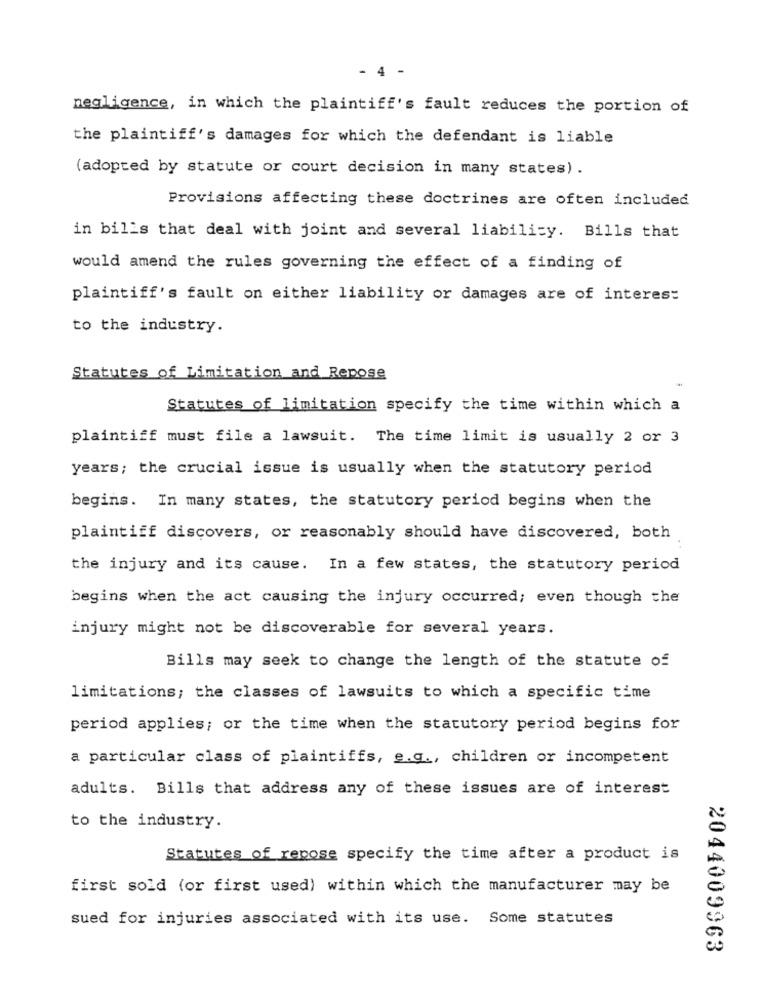
- 4 -
negligence, in which the plaintiff's fault reduces the portion of
the plaintiff's damages for which the defendant is liable
(adopted by statute or court decision in many states).
Provisions affecting these doctrines are often included
in bills that deal with joint and several liability. Bills that
would amend the rules governing the effect of a finding of
plaintiff's fault on either liability or damages are of interes:
to the industry.
Statutes of Limitation and Repose
Statutes of limitation specify the time within which a
plaintiff must file a lawsuit. The time limit is usually 2 or 3
years; the crucial issue is usually when the statutory period
begins. In many states, the statutory period begins when the
plaintiff discovers, or reasonably should have discovered, both
the injury and its cause. In a few states, the statutory period
begins when the act causing the injury occurred; even though the
injury might not be discoverable for several years.
Bills may seek to change the length of the statute of
limitations; the classes of lawsuits to which a specific time
period applies; or the time when the statutory period begins for
a particular class of plaintiffs, e.g ., children or incompetent
adults. Bills that address any of these issues are of interest
to the industry.
Statutes of repose specify the time after a product is
first sold (or first used) within which the manufacturer may be
sued for injuries associated with its use. Some statutes
2044009963